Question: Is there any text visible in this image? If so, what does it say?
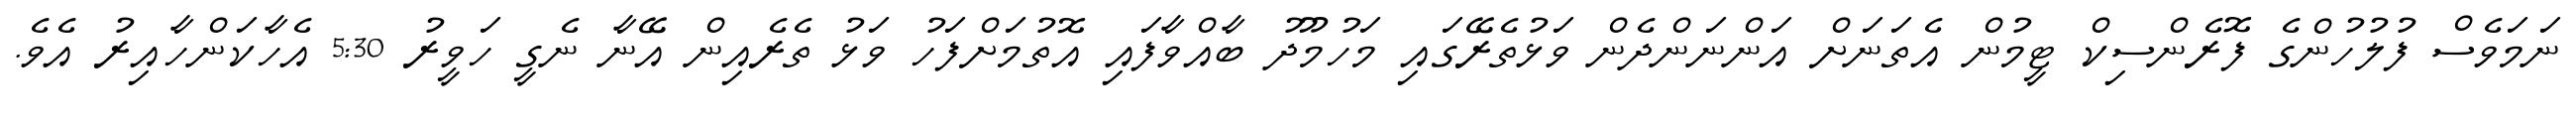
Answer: ނަމަވެސް ފުލުހުންގެ ފޮރެންސިކް ޓީމުން އެތަނަށް އަންނަންދެން ވަޅުތެރޭގައި މަހުމޫދު ބާއްވާފައި އޮތުމަށްފަހު ވަޅު ތެރެއިން އޭނާ ނެގީ ހަވީރު 5:30 އެހާކަންހާއިރު އެވެ.